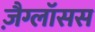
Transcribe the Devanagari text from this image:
ज़ैग्लॉसस